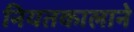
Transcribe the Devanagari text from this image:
नियतकालाने